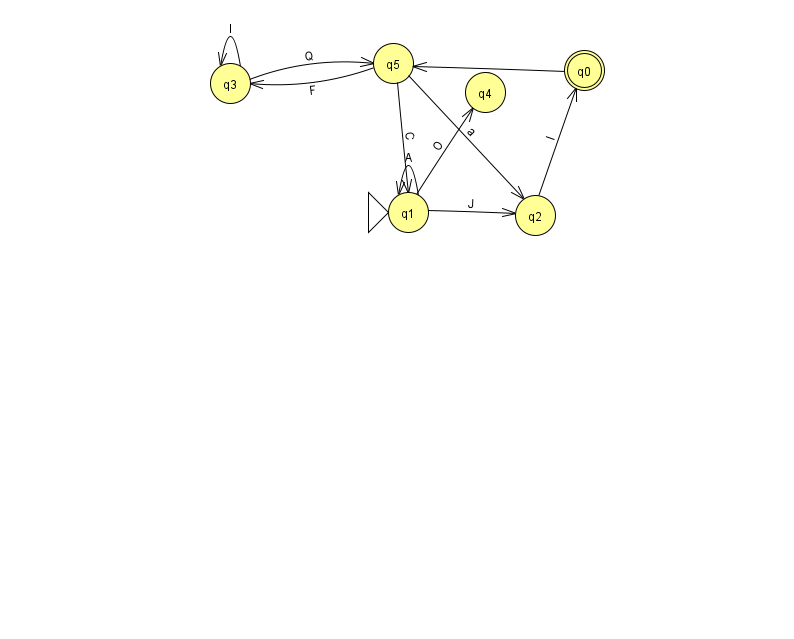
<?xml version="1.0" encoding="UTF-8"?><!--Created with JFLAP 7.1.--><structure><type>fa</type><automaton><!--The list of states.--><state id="0" name="q0"><x>584.0</x><y>57.0</y><final/></state><state id="1" name="q1"><x>408.0</x><y>199.0</y><initial/></state><state id="2" name="q2"><x>535.0</x><y>202.0</y></state><state id="3" name="q3"><x>230.0</x><y>70.0</y></state><state id="4" name="q4"><x>485.0</x><y>79.0</y></state><state id="5" name="q5"><x>393.0</x><y>50.0</y></state><!--The list of transitions.--><transition><from>0</from><to>5</to><read>S</read></transition><transition><from>1</from><to>1</to><read>A</read></transition><transition><from>2</from><to>0</to><read>l</read></transition><transition><from>5</from><to>2</to><read>a</read></transition><transition><from>5</from><to>3</to><read>F</read></transition><transition><from>1</from><to>2</to><read>J</read></transition><transition><from>3</from><to>3</to><read>l</read></transition><transition><from>3</from><to>5</to><read>Q</read></transition><transition><from>1</from><to>4</to><read>O</read></transition><transition><from>5</from><to>1</to><read>C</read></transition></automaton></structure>